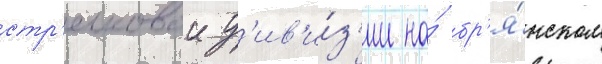
стр'елковои д'ив'и́з'ии на́ бр'я́нском